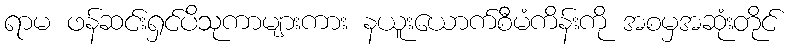
ရာမ ဖန်ဆင်းရှင်ပိသုကာများကား နယူးယောက်စီမံကိန်းကို အစမှအဆုံးတိုင်